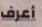
أعرف